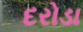
દરોડા